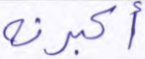
أكبرنه